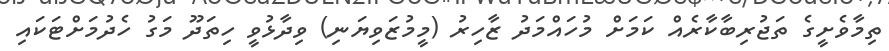
ތިމާވެށީގެ ތަޖުރިބާކާރެއް ކަމަށް މުހައްމަދު ޒާހިރު (މީމުޒަވިޔަނި) ވިދާޅުވީ ހިތަދޫ މަގު ހެދުމަށްޓަކައި